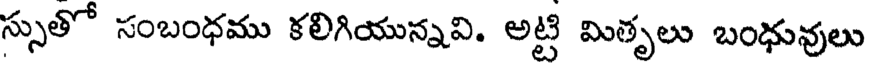
స్సుతో సంబంధము కలిగియున్నవి. అట్టి మితృలు బంధువులు